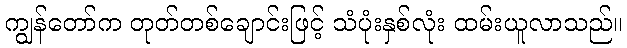
ကျွန်တော်က တုတ်တစ်ချောင်းဖြင့် သံပုံးနှစ်လုံး ထမ်းယူလာသည်။